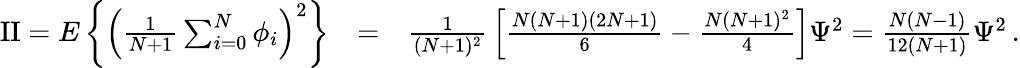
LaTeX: \begin{array}{rlr}{\mathrm{{II}}=E\left\{ \left({\frac{1}{N+1}}\sum_{i=0}^{N}\phi_{i}\right)^{2}\right\} }&{=}&{{\frac{1}{(N+1)^{2}}}\left[{\frac{N(N+1)(2N+1)}{6}}-{\frac{N(N+1)^{2}}{4}}\right]\Psi^{2}={\frac{N(N-1)}{12(N+1)}}\Psi^{2}\, .}\end{array}